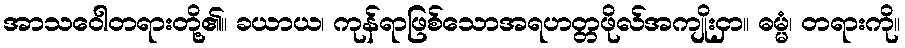
အာသဝေါတရားတို့၏။ ခယာယ၊ ကုန်ရာဖြစ်သောအရဟတ္တဖိုလ်အကျိုးငှာ။ ဓမ္မံ၊ တရားကို။